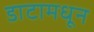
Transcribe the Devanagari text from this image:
डाटामधून